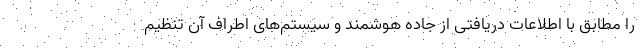
را مطابق با اطلاعات دریافتی از جاده هوشمند و سیستم‌های اطراف آن تنظیم